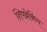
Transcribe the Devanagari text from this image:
शिपब्रेकिंग